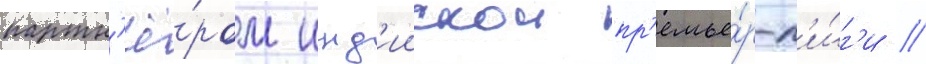
партн'ё́ром инд'иискои пр'емье́р-л'и́г'и //